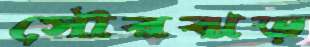
সৌরঝড়